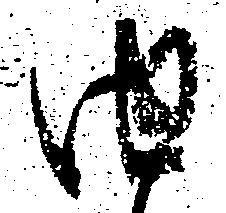
由